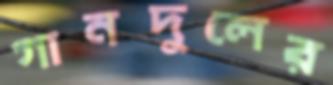
গানদুলের